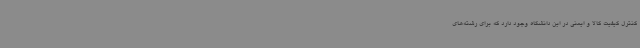
کنترل کیفیت کالا و ایمنی در این دانشگاه وجود دارد که برای رشته‌های